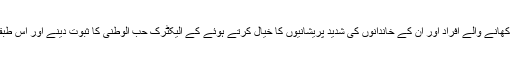
ناصر حسین شاہ نے کہا کہ لاک ڈاؤن کے باعث دیہاڑی داڑ طبقہ، روز کما کر کھانے والے افراد اور ان کے خاندانوں کی شدید پریشانیوں کا خیال کرتے ہوئے کے الیکٹرک حب الوطنی کا ثبوت دینے اور اس طبقے کو بہترین ریلیف فراہم کرنے و دیگر اداروں کے لئے شاندار مثال قائم کرے۔